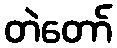
တဲတော်